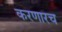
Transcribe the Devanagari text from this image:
करणारच